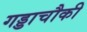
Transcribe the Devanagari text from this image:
गड्डाचौकी